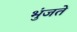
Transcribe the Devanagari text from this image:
भुंजते